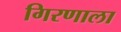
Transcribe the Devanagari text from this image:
गिरणाला